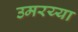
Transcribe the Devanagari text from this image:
उमरय्या